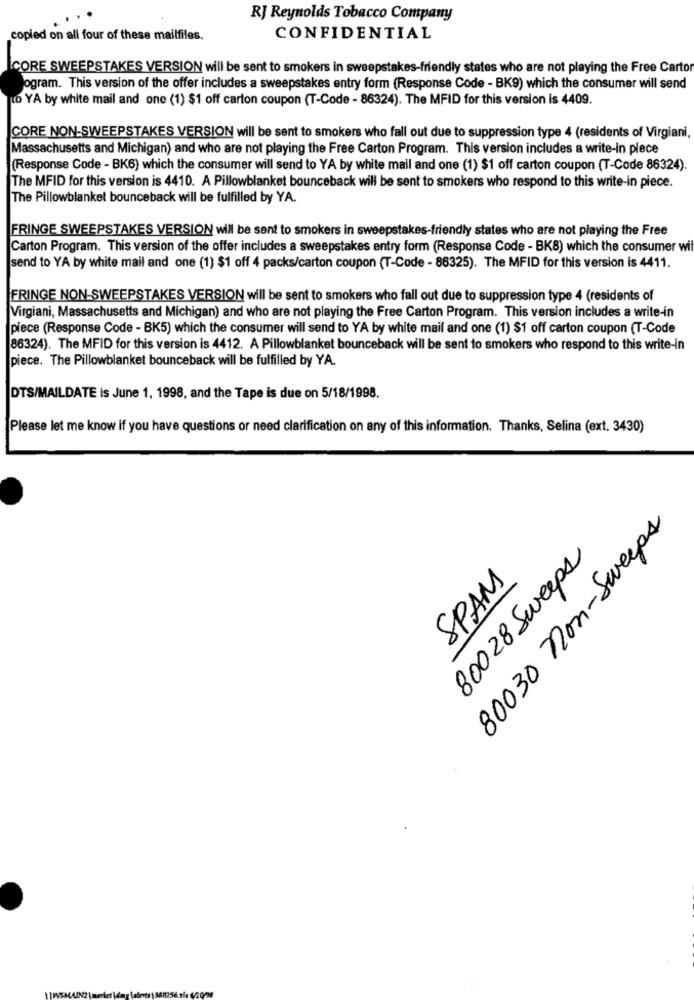
RJ Reynolds Tobacco Company
copied on all four of these mailfiles.
CONFIDENTIAL
CORE SWEEPSTAKES VERSION will be sent to smokers in sweepstakes-friendly states who are not playing the Free Carto
ogram. This version of the offer includes a sweepstakes entry form (Response Code - BK9) which the consumer will send
o YA by white mail and one (1) $1 off carton coupon (T-Code - 86324). The MFID for this version is 4409.
CORE NON-SWEEPSTAKES VERSION will be sent to smokers who fall out due to suppression type 4 (residents of Virgiani,
Massachusetts and Michigan) and who are not playing the Free Carton Program. This version includes a write-in plece
(Response Code - BK6) which the consumer will send to YA by white mail and one (1) $1 off carton coupon (T-Code 86324).
The MFID for this version is 4410. A Pillowblanket bounceback will be sent to smokers who respond to this write-in piece.
The Pillowblanket bounceback will be fulfilled by YA.
FRINGE SWEEPSTAKES VERSION will be sent to smokers in sweepstakes-friendly states who are not playing the Free
Carton Program. This version of the offer includes a sweepstakes entry form (Response Code - BK8) which the consumer wil
send to YA by white mail and one (1) $1 off 4 packs/carton coupon (T-Code - 86325). The MFID for this version is 4411.
FRINGE NON-SWEEPSTAKES VERSION will be sent to smokers who fall out due to suppression type 4 (residents of
Virgiani, Massachusetts and Michigan) and who are not playing the Free Carton Program. This version includes a write-in
piece (Response Code - BK5) which the consumer will send to YA by white mail and one (1) $1 off carton coupon (T-Code
86324). The MFID for this version is 4412. A Pillowblanket bounceback will be sent to smokers who respond to this write-in
piece. The Pillowblanket bounceback will be fulfilled by YA.
DTS/MAILDATE is June 1, 1998, and the Tape is due on 5/18/1998.
Please let me know if you have questions or need clarification on any of this information. Thanks, Selina (ext. 3430)
80030 non-Sweeps
80028 Sweeps
SPAM